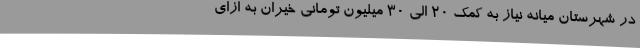
در شهرستان میانه نیاز به کمک 20 الی 30 میلیون تومانی خیران به ازای